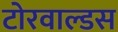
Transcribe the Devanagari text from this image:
टोरवाल्डस